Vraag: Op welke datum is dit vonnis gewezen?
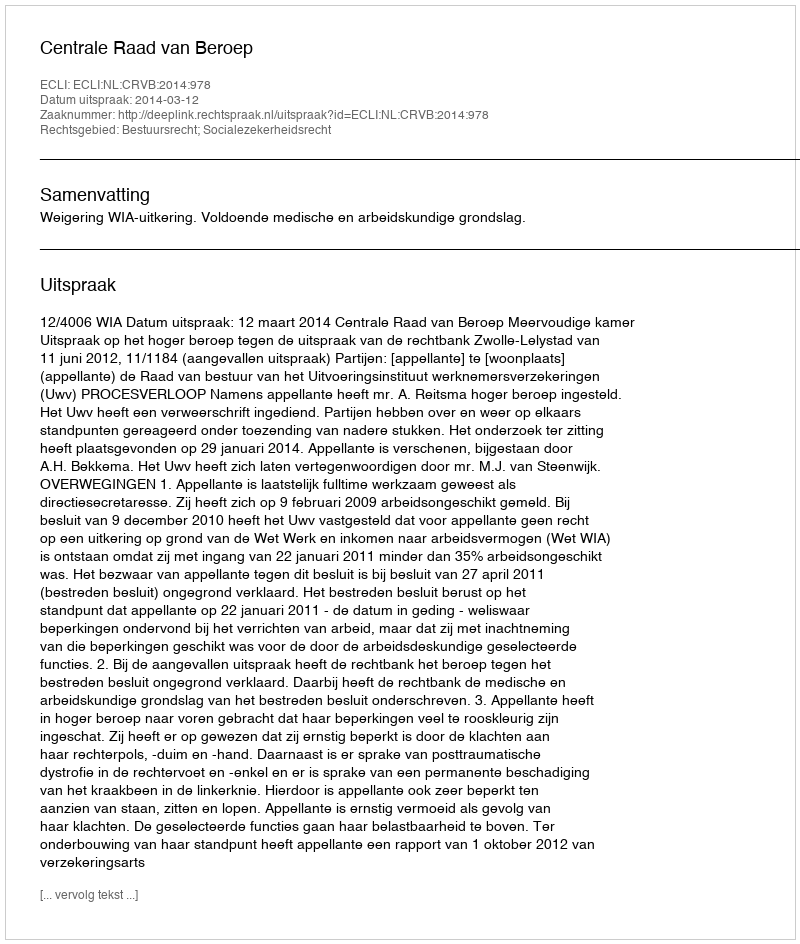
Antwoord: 2014-03-12